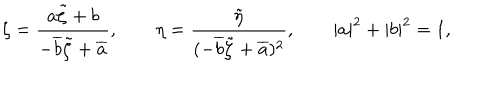
LaTeX: \zeta = \frac { a \tilde { \zeta } + b } { - \overline { { { b } } } \tilde { \zeta } + \overline { { { a } } } } , \qquad \eta = \frac { \tilde { \eta } } { ( - \overline { { { b } } } \tilde { \zeta } + \overline { { { a } } } ) ^ { 2 } } , \qquad | a | ^ { 2 } + | b | ^ { 2 } = 1 ,